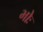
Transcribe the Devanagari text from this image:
भोः